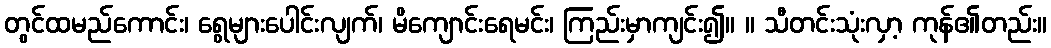
တွင်ထမည်ကောင်း၊ ရွေများပေါင်းလျက်၊ မိကျောင်းရေမင်း၊ ကြည်းမှာကျင်း၍။ ။ သီတင်းသုံးလှာ့ ကုန်၏တည်း။